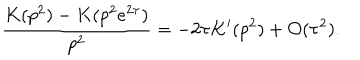
\frac { K ( p ^ { 2 } ) - K ( p ^ { 2 } e ^ { 2 \tau } ) } { p ^ { 2 } } = - 2 \tau K ^ { \prime } ( p ^ { 2 } ) + { \cal O } ( \tau ^ { 2 } ) .